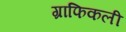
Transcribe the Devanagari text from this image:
ग्राफिकली